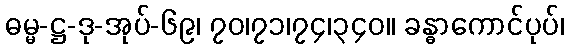
ဓမ္မ-ဋ္ဌ-ဒု-အုပ်-၆၉၊ ၇၀၊၇၁၊၇၄၊၃၄၀။ ခန္ဓာကောင်ပုပ်၊